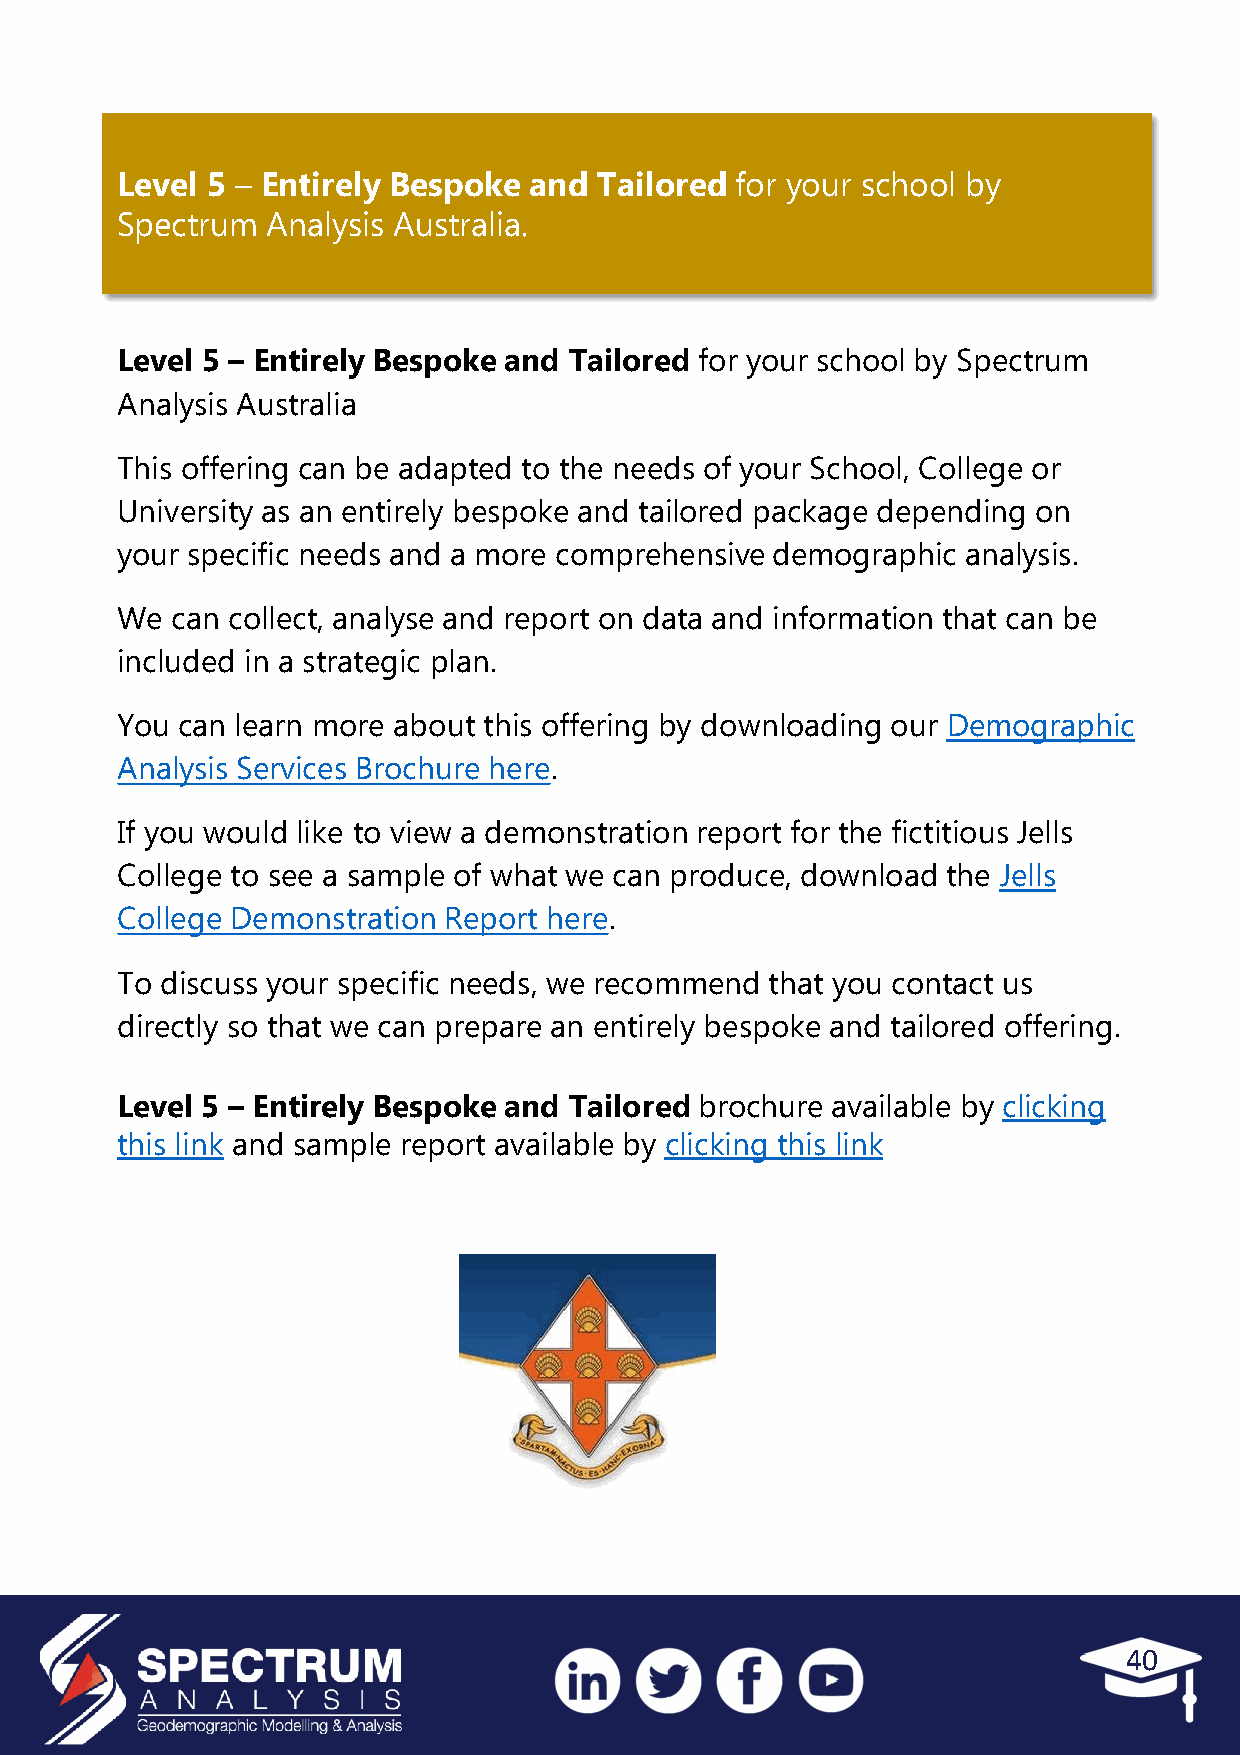
Level 5 – Entirely Bespoke and  Tailored for your school by
 Spectrum  Analysis Australia.
 Level 5 – Entirely Bespoke and Tailored for your school by Spectrum
 Analysis Australia
 This offering can be adapted to the needs of your School, College or
 University as an entirely bespoke and tailored package depending on
 your specific needs and a more comprehensive demographic analysis.
 We can collect, analyse and report on data and information that can be
 included in a strategic plan.
 You can learn more about this offering by downloading our Demographic
 Analysis Services Brochure here.
 If you would like to view a demonstration report for the fictitious Jells
 College to see a sample of what we can produce, download the Jells
 College Demonstration Report here.
 To discuss your specific needs, we recommend that you contact us
 directly so that we can prepare an entirely bespoke and tailored offering.
 Level 5 – Entirely Bespoke and Tailored brochure available by clicking
 this link and sample report available by clicking this link
 40